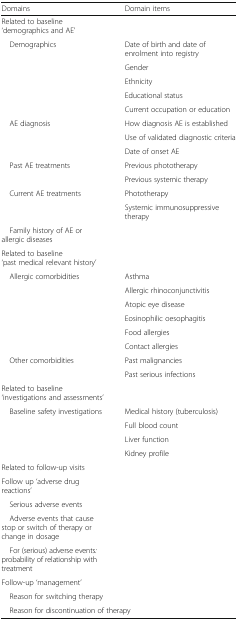
<table><thead><tr><td><b>Domains</b></td><td><b>Domain items</b></td></tr></thead><tbody><tr><td colspan="2">Related to baseline ‘demographics and AE’</td></tr><tr><td rowspan="5"> Demographics</td><td>Date of birth and date of enrolment into registry</td></tr><tr><td>Gender</td></tr><tr><td>Ethnicity</td></tr><tr><td>Educational status</td></tr><tr><td>Current occupation or education</td></tr><tr><td rowspan="3"> AE diagnosis</td><td>How diagnosis AE is established</td></tr><tr><td>Use of validated diagnostic criteria</td></tr><tr><td>Date of onset AE</td></tr><tr><td rowspan="2"> Past AE treatments</td><td>Previous phototherapy</td></tr><tr><td>Previous systemic therapy</td></tr><tr><td rowspan="2"> Current AE treatments</td><td>Phototherapy</td></tr><tr><td>Systemic immunosuppressive therapy</td></tr><tr><td colspan="2"> Family history of AE or allergic diseases</td></tr><tr><td colspan="2">Related to baseline ‘past medical relevant history’</td></tr><tr><td rowspan="6"> Allergic comorbidities</td><td>Asthma</td></tr><tr><td>Allergic rhinoconjunctivitis</td></tr><tr><td>Atopic eye disease</td></tr><tr><td>Eosinophilic oesophagitis</td></tr><tr><td>Food allergies</td></tr><tr><td>Contact allergies</td></tr><tr><td rowspan="2"> Other comorbidities</td><td>Past malignancies</td></tr><tr><td>Past serious infections</td></tr><tr><td colspan="2">Related to baseline ‘investigations and assessments’</td></tr><tr><td rowspan="4"> Baseline safety investigations</td><td>Medical history (tuberculosis)</td></tr><tr><td>Full blood count</td></tr><tr><td>Liver function</td></tr><tr><td>Kidney profile</td></tr><tr><td colspan="2">Related to follow-up visits</td></tr><tr><td colspan="2">Follow up ‘adverse drug reactions’</td></tr><tr><td colspan="2"> Serious adverse events</td></tr><tr><td colspan="2"> Adverse events that cause stop or switch of therapy or change in dosage</td></tr><tr><td colspan="2"> For (serious) adverse events<i>:</i> probability of relationship with treatment</td></tr><tr><td colspan="2">Follow-up ‘management’</td></tr><tr><td colspan="2"> Reason for switching therapy</td></tr><tr><td colspan="2"> Reason for discontinuation of therapy</td></tr></tbody></table>